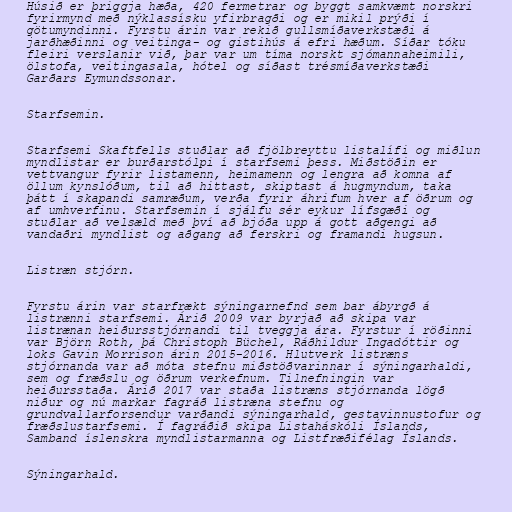
Húsið er þriggja hæða, 420 fermetrar og byggt samkvæmt norskri
fyrirmynd með nýklassísku yfirbragði og er mikil prýði í
götumyndinni. Fyrstu árin var rekið gullsmíðaverkstæði á
jarðhæðinni og veitinga- og gistihús á efri hæðum. Síðar tóku
fleiri verslanir við, þar var um tíma norskt sjómannaheimili,
ölstofa, veitingasala, hótel og síðast trésmíðaverkstæði
Garðars Eymundssonar.

Starfsemin.

Starfsemi Skaftfells stuðlar að fjölbreyttu listalífi og miðlun
myndlistar er burðarstólpi í starfsemi þess. Miðstöðin er
vettvangur fyrir listamenn, heimamenn og lengra að komna af
öllum kynslóðum, til að hittast, skiptast á hugmyndum, taka
þátt í skapandi samræðum, verða fyrir áhrifum hver af öðrum og
af umhverfinu. Starfsemin í sjálfu sér eykur lífsgæði og
stuðlar að velsæld með því að bjóða upp á gott aðgengi að
vandaðri myndlist og aðgang að ferskri og framandi hugsun.

Listræn stjórn.

Fyrstu árin var starfrækt sýningarnefnd sem bar ábyrgð á
listrænni starfsemi. Árið 2009 var byrjað að skipa var
listrænan heiðursstjórnandi til tveggja ára. Fyrstur í röðinni
var Björn Roth, þá Christoph Büchel, Ráðhildur Ingadóttir og
loks Gavin Morrison árin 2015-2016. Hlutverk listræns
stjórnanda var að móta stefnu miðstöðvarinnar í sýningarhaldi,
sem og fræðslu og öðrum verkefnum. Tilnefningin var
heiðursstaða. Árið 2017 var staða listræns stjórnanda lögð
niður og nú markar fagráð listræna stefnu og
grundvallarforsendur varðandi sýningarhald, gestavinnustofur og
fræðslustarfsemi. Í fagráðið skipa Listaháskóli Íslands,
Samband íslenskra myndlistarmanna og Listfræðifélag Íslands.

Sýningarhald.